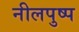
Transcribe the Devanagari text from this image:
नीलपुष्प